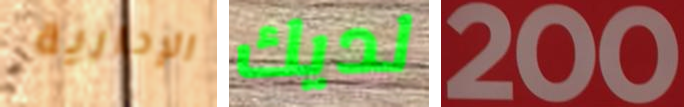
الإدارية لديك 200